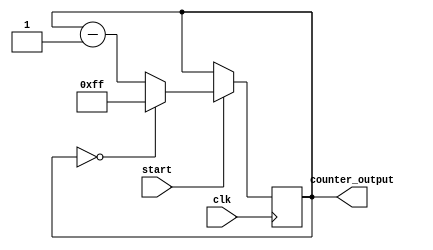
module mod256_down_counter_o(
  input clk, 
  input start,
  output reg [7:0] counter_output
  );
  

 
 
 
always @ (posedge clk)
 begin
  if (start) begin
     counter_output <= 8'd0;
    if(counter_output == 8'b00000000) begin
	//$write("%b   ", counter_output);
	//$write("\\\\\\\\\\\\\\\\\\\\\\\\\\\\\\\\n");
      counter_output <= 8'b11111111;
         end
    else begin
      counter_output = counter_output - 1'b1;
	//$write("%b   ", counter_output);
	//$write("\\\\\\\\\\\\\\\\\\\\\\\\\\\\\\\\n");
         end
  end
 end
endmodule